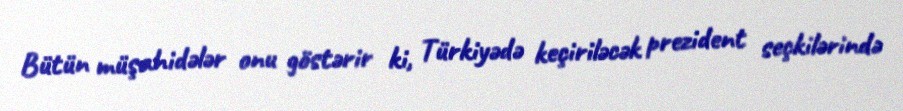
Bütün müşahidələr onu göstərir ki, Türkiyədə keçiriləcək prezident seçkilərində